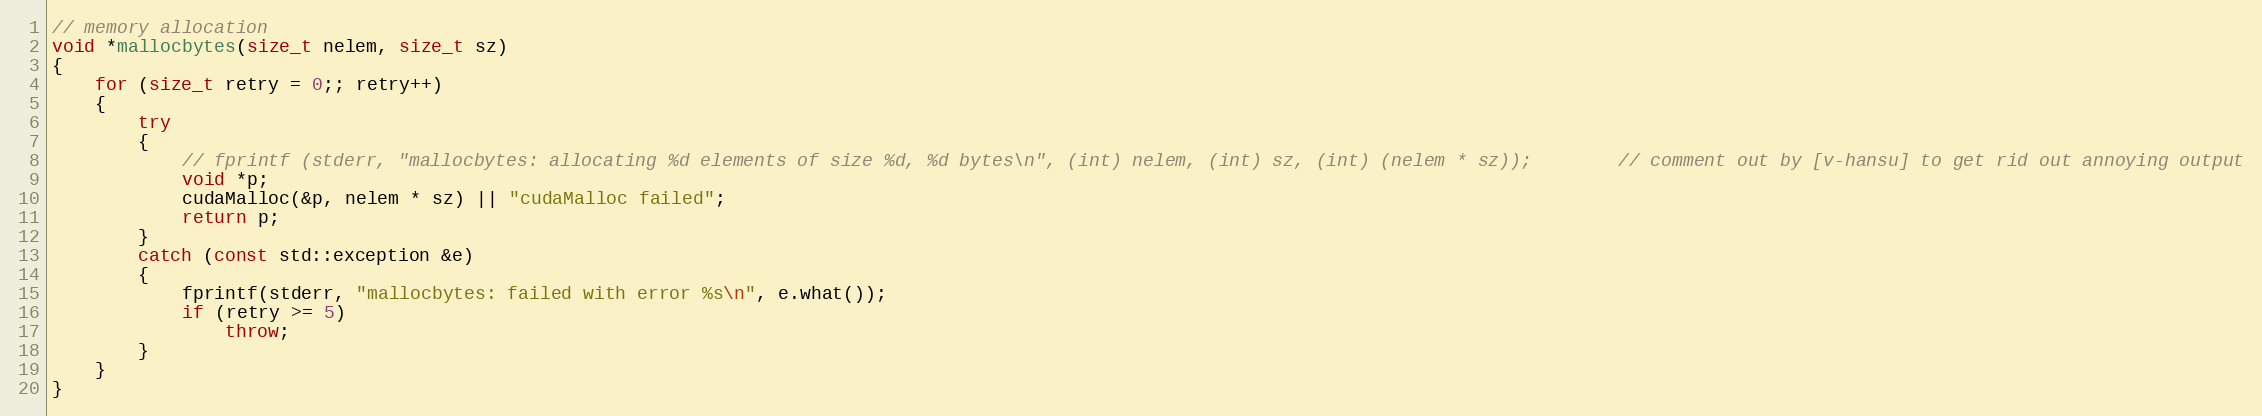
Language: C++
// memory allocation
void *mallocbytes(size_t nelem, size_t sz)
{
    for (size_t retry = 0;; retry++)
    {
        try
        {
            // fprintf (stderr, "mallocbytes: allocating %d elements of size %d, %d bytes\n", (int) nelem, (int) sz, (int) (nelem * sz));        // comment out by [v-hansu] to get rid out annoying output
            void *p;
            cudaMalloc(&p, nelem * sz) || "cudaMalloc failed";
            return p;
        }
        catch (const std::exception &e)
        {
            fprintf(stderr, "mallocbytes: failed with error %s\n", e.what());
            if (retry >= 5)
                throw;
        }
    }
}